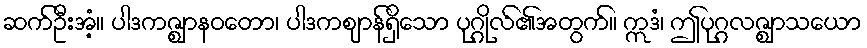
ဆက်ဦးအံ့။ ပါဒကဇ္ဈာနဝတော၊ ပါဒကဈာန်ရှိသော ပုဂ္ဂိုလ်၏အတွက်။ ဣဒံ၊ ဤပုဂ္ဂလဇ္ဈာသယော